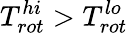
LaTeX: T_{rot}^{hi}>T_{rot}^{lo}